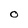
Character: O